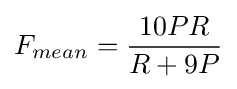
F_{mean}={\frac {10PR}{R+9P}}